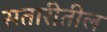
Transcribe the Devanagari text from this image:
सतारीतील